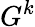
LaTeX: G^{k}